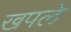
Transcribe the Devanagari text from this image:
खपले